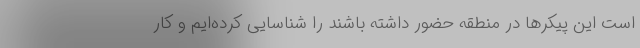
است این پیکرها در منطقه حضور داشته باشند را شناسایی کرده‌ایم و کار